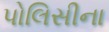
પોલિસીના